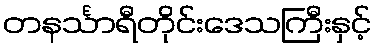
တနင်္သာရီတိုင်းဒေသကြီးနှင့်